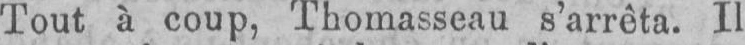
Tout à coup, Thomasseau s’arrêta. Il